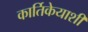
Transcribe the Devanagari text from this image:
कार्तिकेयाशी